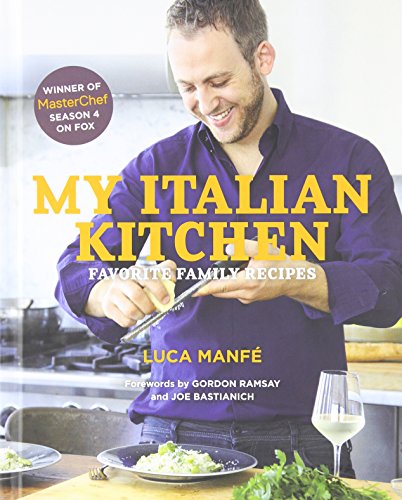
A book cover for My Italian Kitchen: Favorite Family Recipes from the Winner of MasterChef Season 4 on FOX; Luca ManfÃ©; Cookbooks, Food & Wine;